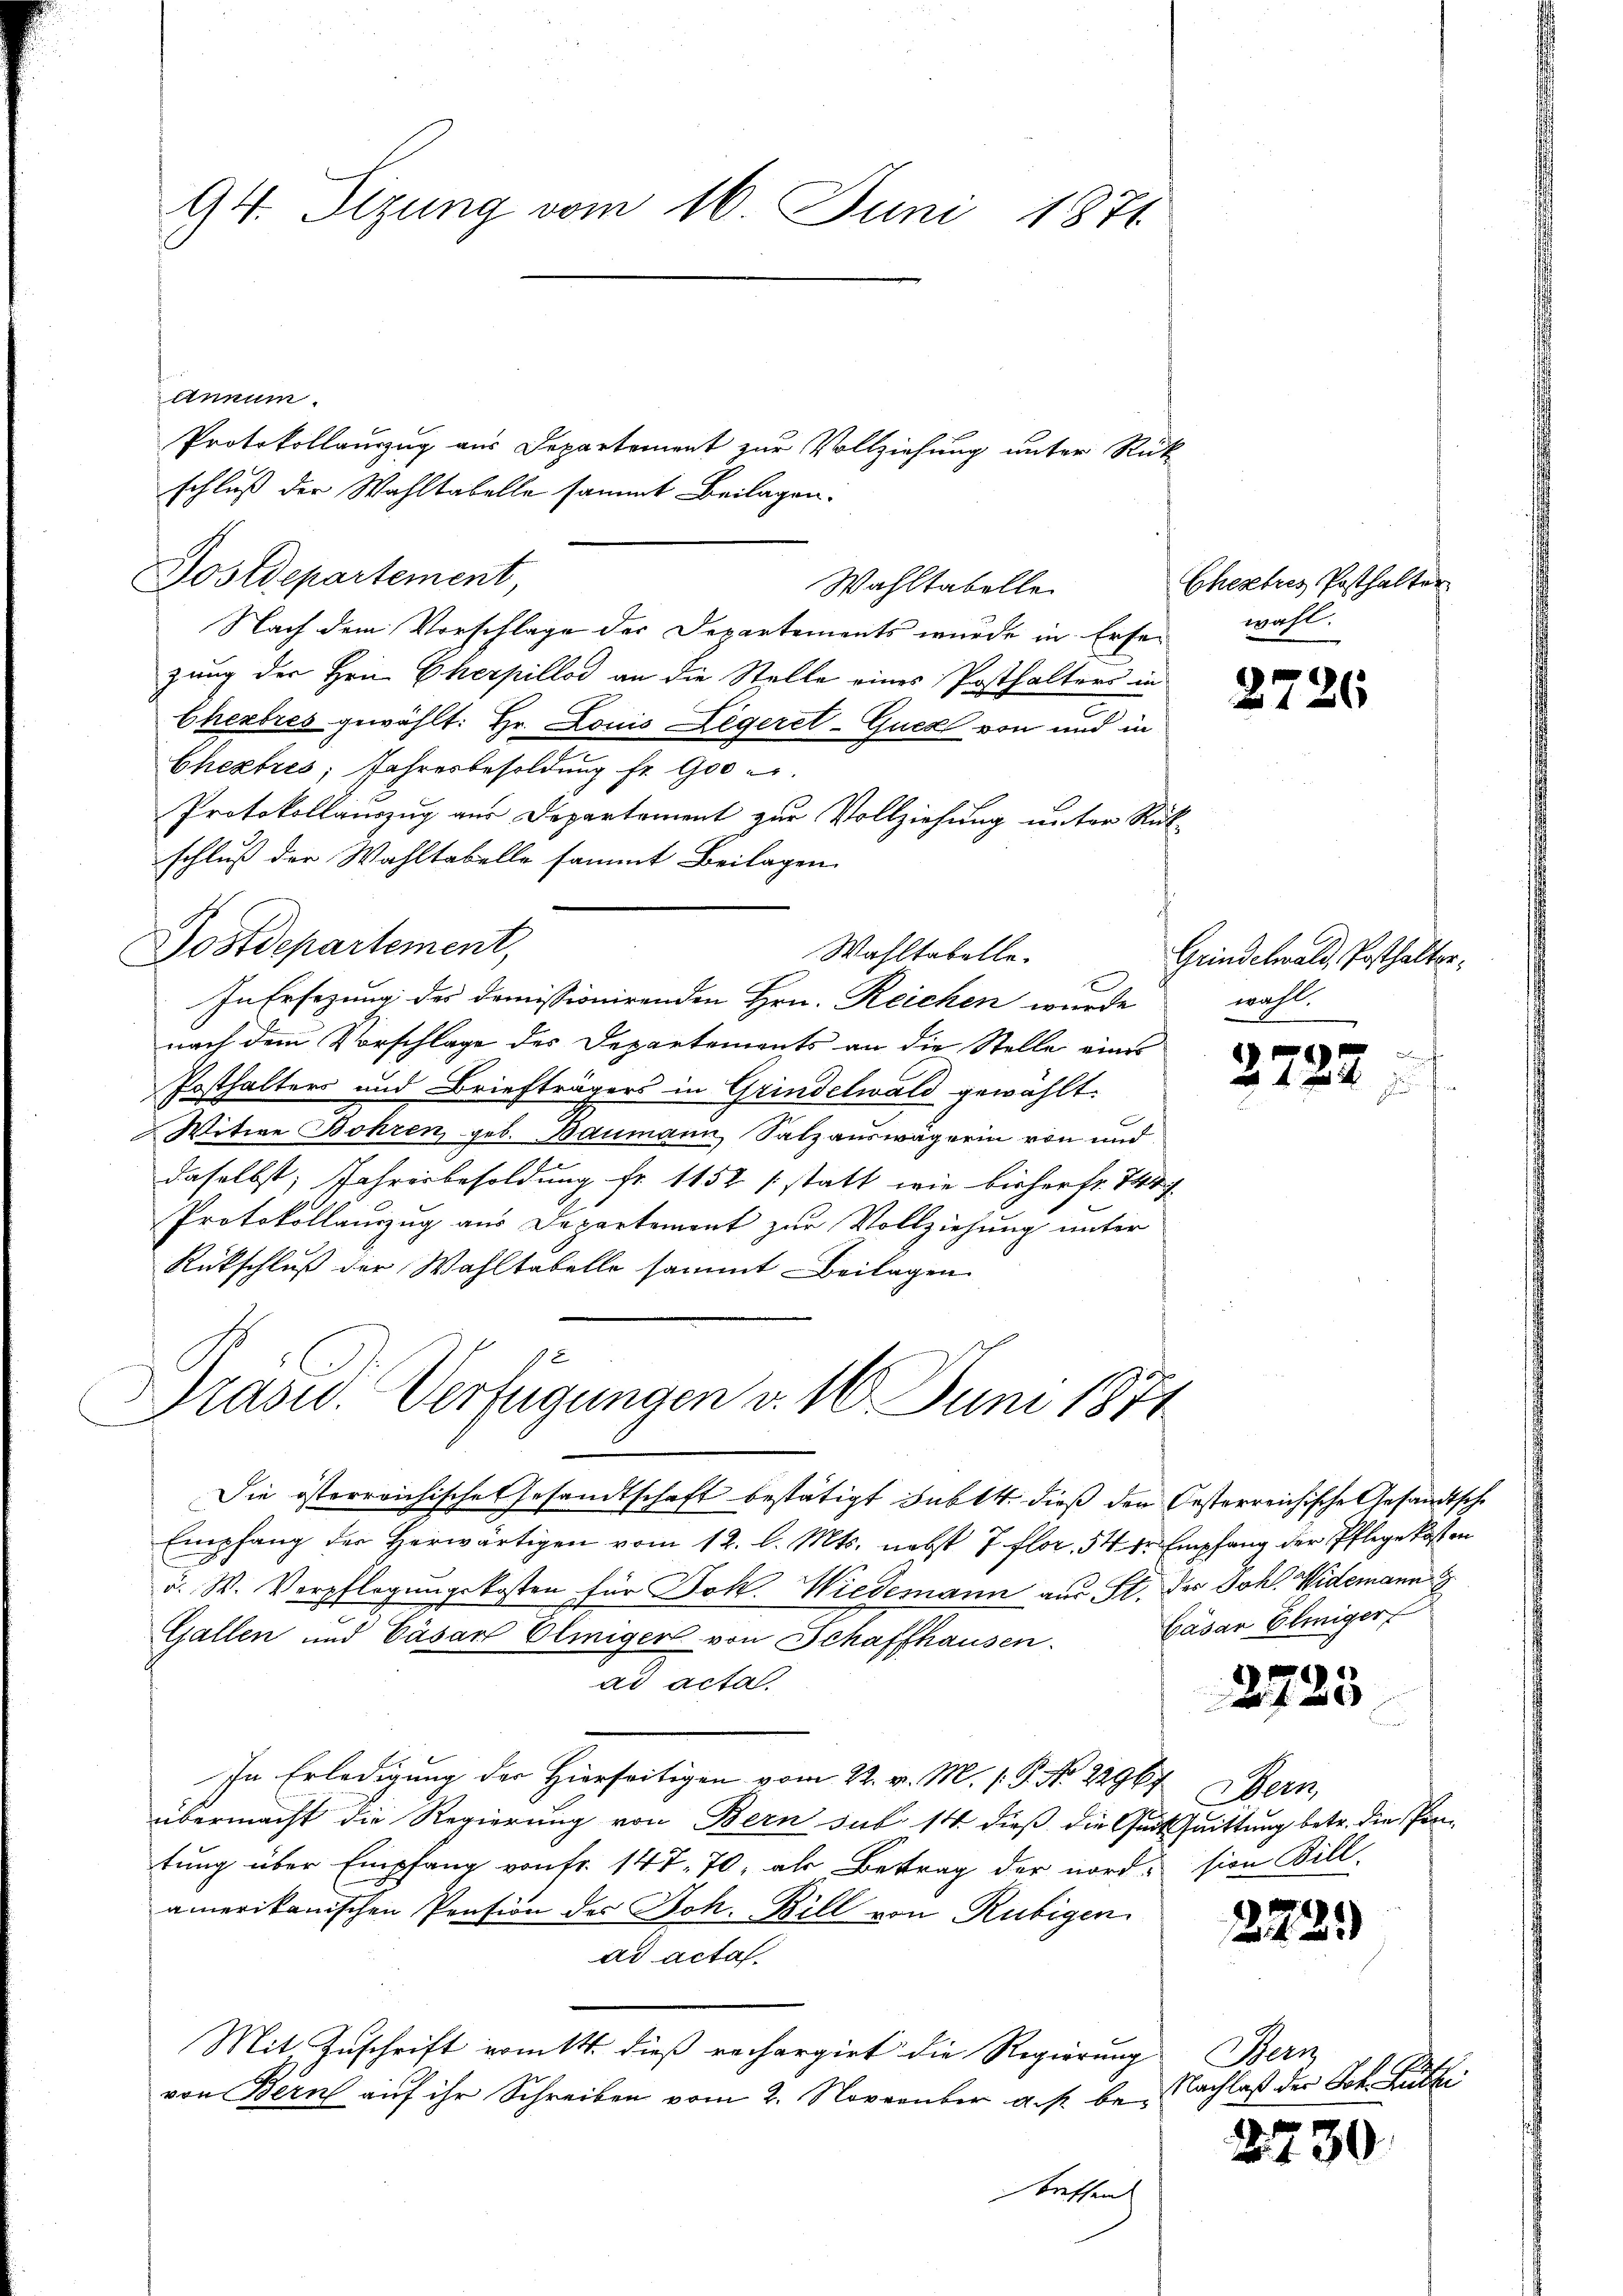
94. Sizung vom 16. Juni 1871

annum.
schluß der Wahltabelle sammt Beilagen.
Postdepartement,
Wahltabelle
Nach dem Vorschlage der Departements wurde in Ersezung der Hrn. Cherpillod an die Stelle eines Posthalters in
Cherbres gewählt: Hr. Louis Legeret-Guck von und in
Cheztres Jahresbesoldung fr. 900 e
Protokollauszug aus Departement zur Vollziehung unter Rüc
schluß der Wahltabelle sammt Beilagen.
Postdepartement,
x
In Ersezung der domissionirenden Hrn. Reichen wurde
nach dem Vorschlage des Departements an die Stelle eines
Posthalters und Briefträgers in Grindelwald gewählt.
Witwe Bohren geb. Baumann, Salzauswägerin von und
daselbst, Jahresbesoldung fr. 1152 (statt wie bisher fr. 744
Protokollauszug aus Departement zur Vollziehung unter
Rückschluß der Wahltabelle sammt Beilagen
x
Präsid. Verfügungen v. 16. Juni 1871
s
Die österreichische Gesandtschaft bestätigt subtt. dieß der Oesterreichische Gesandtsche
Empfang der herwärtigen vom 12. l. Mts. nebst 7. flor. 54 fr Empfang der Pflege kosten
u. W. Verpflegungskosten für Joh. Wiedemann aus St.
Gallen und Cäsart Elmiger von Schaffhausen.
ad acta
In Erledigung der Hierseitigen vom 22. v. M. 1. P. No. 22967 Bern,
übermacht die Regierung von Bern sub 14 dieß die Gut saittung betr. die Pron-
tung über Empfang von fr. 147. 70, als Betrag der nord-sion Bill
amerikanischen Pension des Joh. Bill von Rubigen
ad actaf
Mit Zuschrift vomtt. dieß rechargirt die Regierung
von Bern auf ihr Schreiben vom 2. November a. p. bebreffen

Protokollauszug aus Departement zur Vollziehung unter Rück-

Wahltabelle.

Chextris Posthalter
wahl.

Grindelwald, Posthalterwahl.

2.

2726

722.

des Joh. Widemann
Cäsar Elmiger

2725

2239

Bern
Nachlaß der Joh. Li

2730